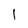
Character: 1